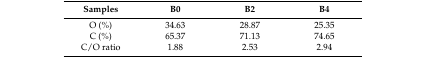
| Samples | B0 | B2 | B4 |
 | --- | --- | --- | --- |
 | O (%) | 34.63 | 28.87 | 25.35 |
 | C (%) | 65.37 | 71.13 | 74.65 |
 | C/O ratio | 1.88 | 2.53 | 2.94 |